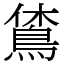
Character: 𪀪